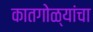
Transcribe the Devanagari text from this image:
कातगोळ्यांचा